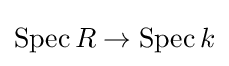
{\textstyle \mathrm {Spec} \,R\to \mathrm {Spec} \,k}